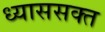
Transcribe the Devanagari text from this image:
ध्याससक्त